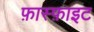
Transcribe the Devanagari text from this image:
फ़ास्फ़ाइट